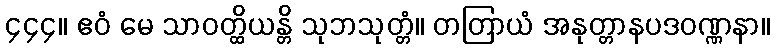
၄၄၄။ ဧဝံ မေ သာဝတ္ထိယန္တိ သုဘသုတ္တံ။ တတြာယံ အနုတ္တာနပဒဝဏ္ဏနာ။